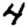
Digit: 4